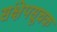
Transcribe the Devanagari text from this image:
संक्षेपसूचक